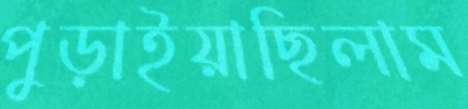
পুড়াইয়াছিলাম